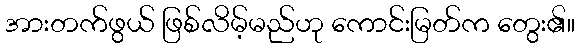
အားတက်ဖွယ် ဖြစ်လိမ့်မည်ဟု ကောင်းမြတ်က တွေး၏။